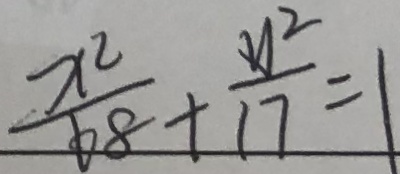
\frac { x ^ { 2 } } { 6 8 } + \frac { y ^ { 2 } } { 1 7 } = 1